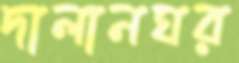
দালানঘর